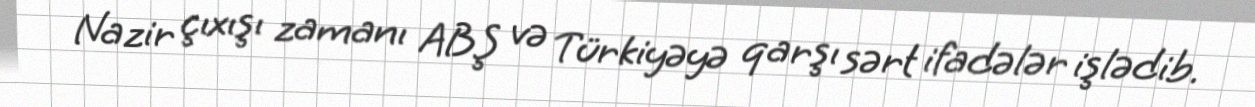
Nazir çıxışı zamanı ABŞ və Türkiyəyə qarşı sərt ifadələr işlədib.